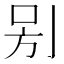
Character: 𠰤